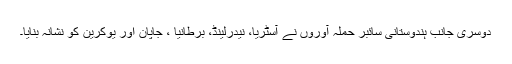
دوسری جانب ہندوستانی سائبر حملہ آوروں نے آسٹریا، نیدرلینڈ، برطانیا ، جاپان اور یوکرین کو نشانہ بنایا۔